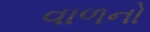
વાળનો